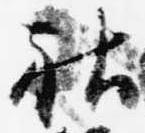
社